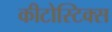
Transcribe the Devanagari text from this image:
कीटोस्टिक्स